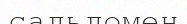
сальдомен